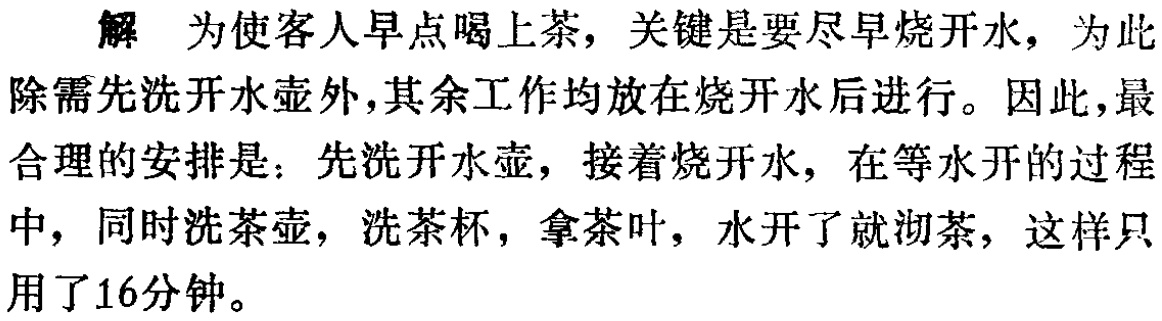
解 为使客人早点喝上茶，关键是要尽早烧开水，为此除需先洗开水壶外，其余工作均放在烧开水后进行。因此，最合理的安排是：先洗开水壶，接着烧开水，在等水开的过程中，同时洗茶壶，洗茶杯，拿茶叶，水开了就沏茶，这样只用了16分钟。